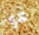
هو